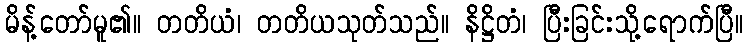
မိန့်တော်မူ၏။ တတိယံ၊ တတိယသုတ်သည်။ နိဋ္ဌိတံ၊ ပြီးခြင်းသို့ရောက်ပြီ။